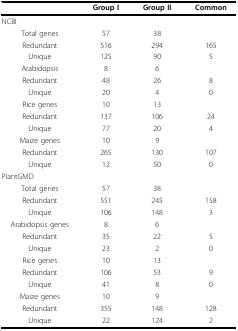
<table><thead><tr><td></td><td><b>Group I</b></td><td><b>Group II</b></td><td><b>Common</b></td></tr></thead><tbody><tr><td colspan="4">NCBI</td></tr><tr><td>Total genes</td><td>57</td><td>38</td><td></td></tr><tr><td>Redundant</td><td>516</td><td>294</td><td>165</td></tr><tr><td>Unique</td><td>125</td><td>90</td><td>5</td></tr><tr><td>Arabidopsis</td><td>8</td><td>6</td><td></td></tr><tr><td>Redundant</td><td>48</td><td>26</td><td>8</td></tr><tr><td>Unique</td><td>20</td><td>4</td><td>0</td></tr><tr><td>Rice genes</td><td>10</td><td>13</td><td></td></tr><tr><td>Redundant</td><td>137</td><td>106</td><td>24</td></tr><tr><td>Unique</td><td>77</td><td>20</td><td>4</td></tr><tr><td>Maize genes</td><td>10</td><td>9</td><td></td></tr><tr><td>Redundant</td><td>265</td><td>130</td><td>107</td></tr><tr><td>Unique</td><td>12</td><td>50</td><td>0</td></tr><tr><td colspan="4">PlantGMD</td></tr><tr><td>Total genes</td><td>57</td><td>38</td><td></td></tr><tr><td>Redundant</td><td>551</td><td>245</td><td>158</td></tr><tr><td>Unique</td><td>106</td><td>148</td><td>3</td></tr><tr><td>Arabidopsis genes</td><td>8</td><td>6</td><td></td></tr><tr><td>Redundant</td><td>35</td><td>22</td><td>5</td></tr><tr><td>Unique</td><td>23</td><td>2</td><td>0</td></tr><tr><td>Rice genes</td><td>10</td><td>13</td><td></td></tr><tr><td>Redundant</td><td>106</td><td>53</td><td>9</td></tr><tr><td>Unique</td><td>41</td><td>8</td><td>0</td></tr><tr><td>Maize genes</td><td>10</td><td>9</td><td></td></tr><tr><td>Redundant</td><td>355</td><td>148</td><td>128</td></tr><tr><td>Unique</td><td>22</td><td>124</td><td>2</td></tr></tbody></table>